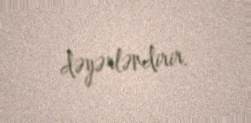
dəyərləndirir.